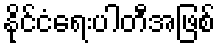
နိုင်ငံရေးပါတီအဖြစ်